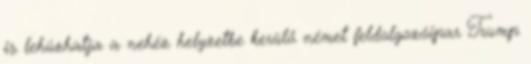
is lehúzhatja a nehéz helyzetbe kerülő német feldolgozóipar Trump